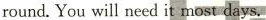
round.You will need it most days.